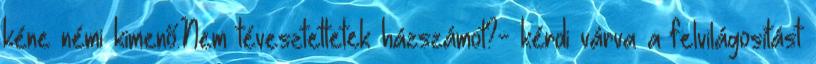
kéne némi kimenő.Nem tévesztettetek házszámot?- kérdi várva a felvilágosítást